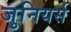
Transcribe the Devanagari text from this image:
जुनियर्स